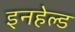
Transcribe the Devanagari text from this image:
इनहेल्ड